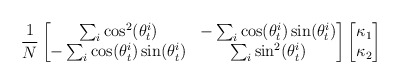
\begin{align*} \frac{1}{N} \begin{bmatrix} \sum_{i}\cos^2(\theta_t^i) & -\sum_{i}\cos(\theta_t^i)\sin(\theta_t^i) \\ -\sum_{i}\cos(\theta_t^i)\sin(\theta_t^i) & \sum_{i}\sin^2(\theta_t^i) \end{bmatrix} \begin{bmatrix} \kappa_1 \\ \kappa_2 \end{bmatrix} \end{align*}